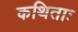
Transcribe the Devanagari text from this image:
कथिताः